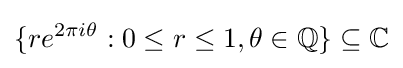
\{re^{2\pi i\theta }:0\leq r\leq 1,\theta \in \mathbb {Q} \}\subseteq \mathbb {C}